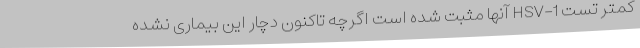
کمتر تست HSV-1 آنها مثبت شده است اگرچه تاکنون دچار این بیماری نشده